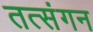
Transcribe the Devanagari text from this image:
तत्संगन